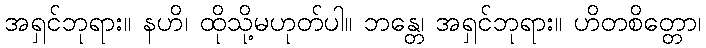
အရှင်ဘုရား။ နဟိ၊ ထိုသို့မဟုတ်ပါ။ ဘန္တေ၊ အရှင်ဘုရား။ ဟိတစိတ္တော၊